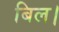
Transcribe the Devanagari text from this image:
बिल।